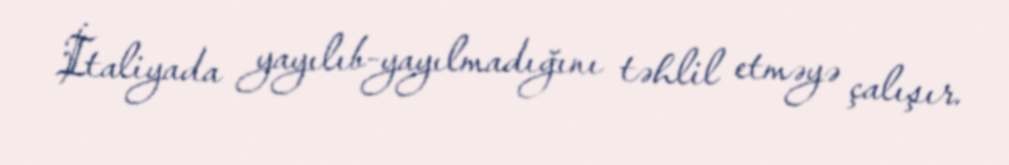
İtaliyada yayılıb-yayılmadığını təhlil etməyə çalışır.